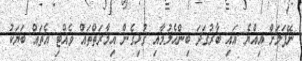
ނޭޕަލަށް އިއްޔެ އައި ބާރުގަދަ ބިންހެލުމާއި ގުޅިގެން އިމާރަތްތައް ވެއްޓި އެތައް ބަޔަކު